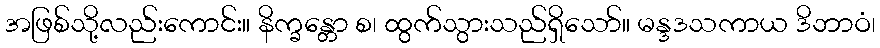
အဖြစ်သို့လည်းကောင်း။ နိက္ခန္တော စ၊ ထွက်သွားသည်ရှိသော်။ မန္ဒဒသကာယ ဒိဘာဝံ၊